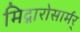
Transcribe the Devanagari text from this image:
मिद्गारोसार्मर्